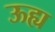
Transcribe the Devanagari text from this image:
ऊह्य